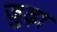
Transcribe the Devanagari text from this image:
जुढ़ा